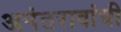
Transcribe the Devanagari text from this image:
अनंतरावांची